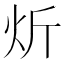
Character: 炘